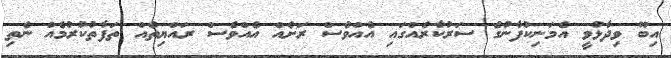
އިބޫ ވިދާޅުވީ އެމަނިކުފާނުގެ ސަރުކާރެއްގައި އެއްވެސް ރަށެއް އެއްވެސް ރައްޔިތެއް ތަފާތުކުރުމެއް ނެތި